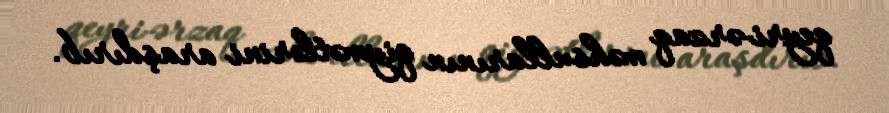
qeyri-ərzaq məhsullarının qiymətlərini araşdırıb.